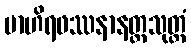
ဗာဟိရဖဿနာနတ္တသုတ္တံ